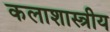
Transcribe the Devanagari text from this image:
कलाशास्त्रीय